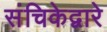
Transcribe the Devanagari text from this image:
संचिकेद्वारे